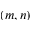
( m , n )